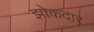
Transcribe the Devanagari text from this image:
झोकदार